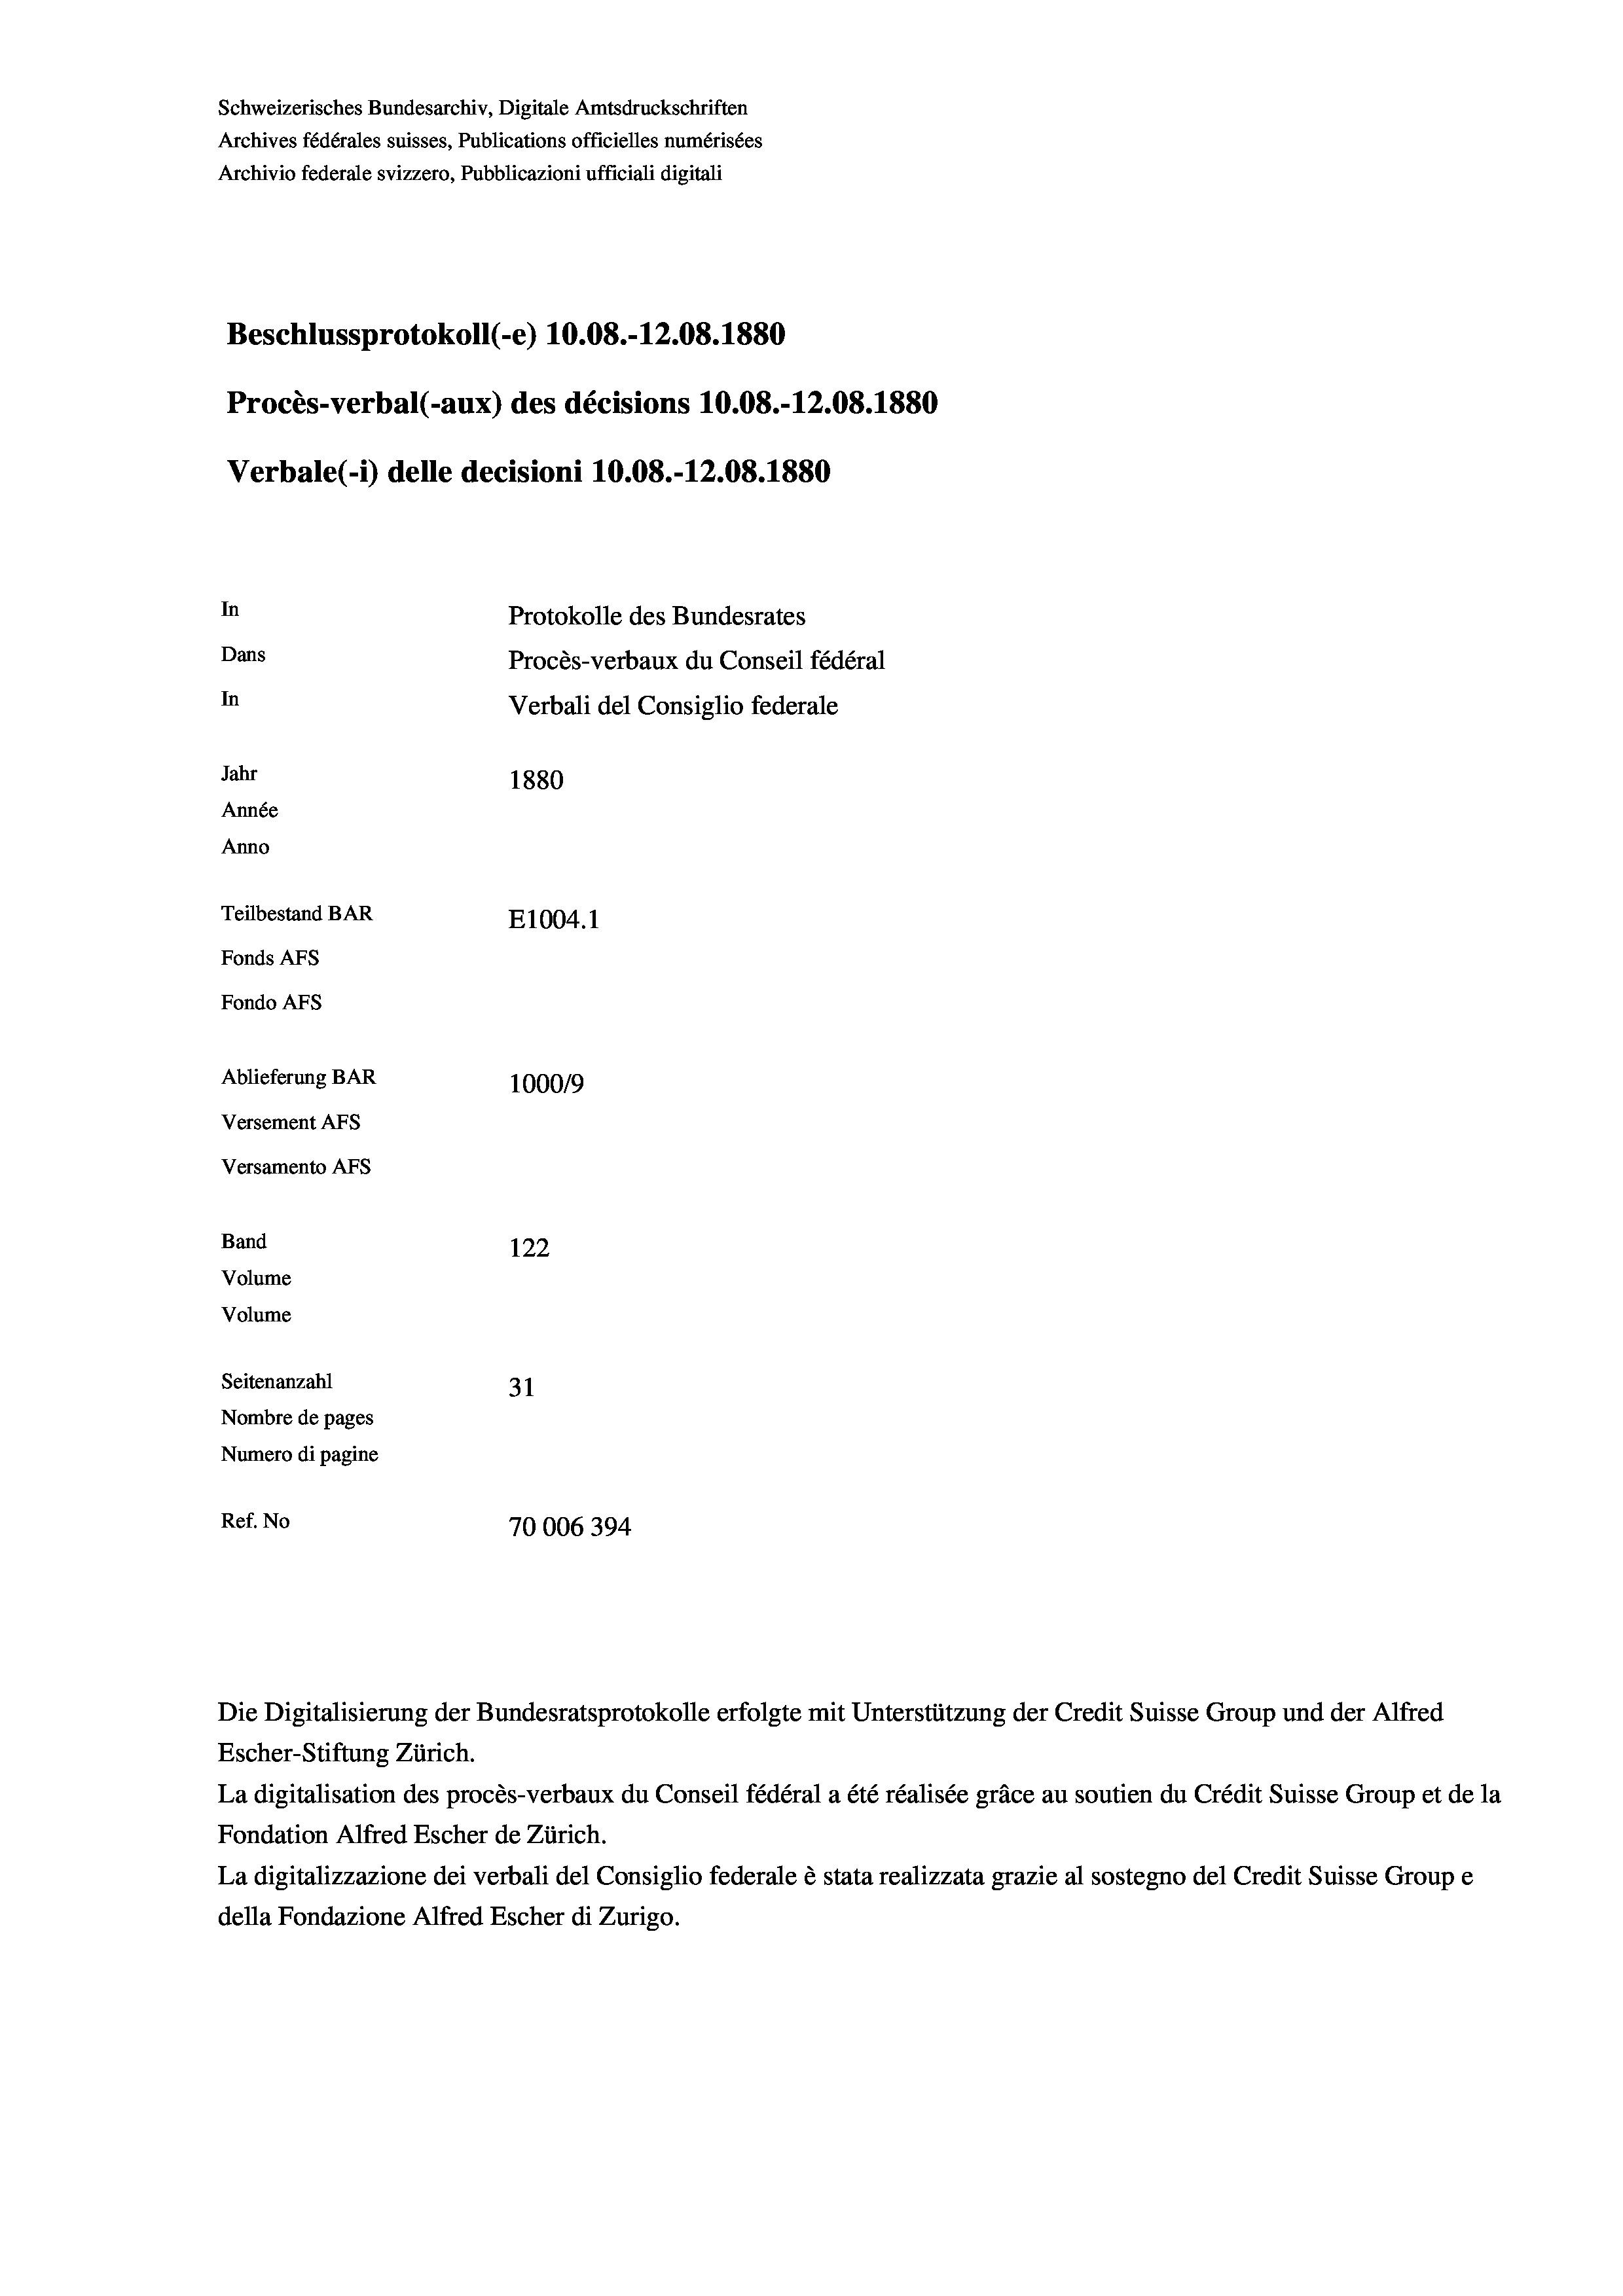
Schweizerisches Bundesarchiv, Digitale Amtsdruckschriften
Archives fédérales suisses, Publications officielles numérisées
Archivio federale svizzero, Pubblicazioni ufficiali digitali
Beschlussprotokoll (-e) 10.08.-12.08. 1880
Procès-verbal (-aux) des décisions 10.08.-12.08. 1880
Verbale(-*) delle decisioni 10.08.-12.08. 1880
In
Protokolle des Bundesrates
Dans
Procès-verbaux du Conseil fédéral
In
Verbali del Consiglio federale
Jahr
1880
Année
Anno
Teilbestand BAR
E1004.1
Fonds AFs
Fondo AFS
Ablieferung BAR
100019
Versement AFs
Versamento Afs
Band
122
Volume
Volume

Seitenanzahl
31
Nombre de pages
Numero di pagine
Ref. No
70006394

Die Digitalisierung der Bundesratsprotokolle erfolgte mit Unterstützung der Credit Suisse Group und der Alfred
Escher-Stiftung Zürich.
La digitalisation des procès-verbaux du Conseil fédéral a été réalisée gräce au soutien du Crédit Suisse Group et de la
Fondation Alfred Escher de Zürich.
La digitalizzazione dei verbali del Consiglio federale è stata realizzata grazie al sostegno del Credit Suisse Groupe
della Fondazione Alfred Escher di Zurigo.